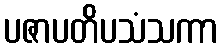
ပဇာပတိပသံသကာ